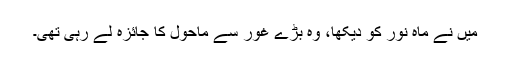
میں نے ماہ نور کو دیکھا، وہ بڑے غور سے ماحول کا جائزہ لے رہی تھی۔